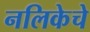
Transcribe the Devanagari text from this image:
नलिकेचे